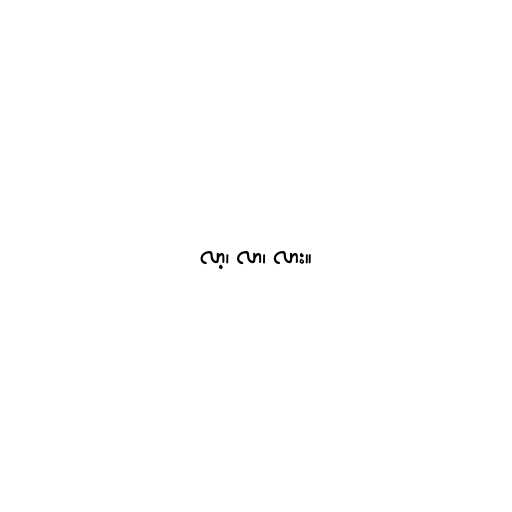
လာ့၊ လာ၊ လား။